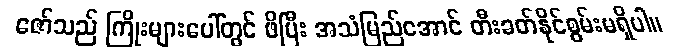
ဇော်သည် ကြိုးများပေါ်တွင် ဖိပြီး အသံမြည်အောင် တီးခတ်နိုင်စွမ်းမရှိပါ။